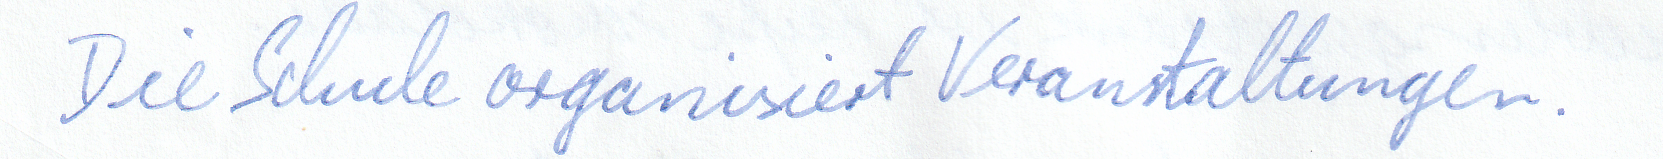
Die Schule organisiert Veranstaltungen.